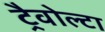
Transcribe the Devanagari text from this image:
ट्रैवोल्टा